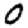
Digit: 0